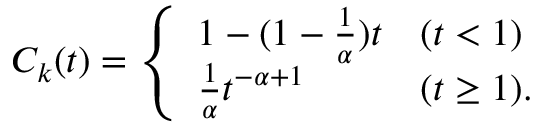
\begin{array} { r } { C _ { k } ( t ) = \left\{ \begin{array} { l l } { 1 - ( 1 - \frac { 1 } { \alpha } ) t } & { ( t < 1 ) } \\ { \frac { 1 } { \alpha } t ^ { - \alpha + 1 } \quad } & { ( t \geq 1 ) . } \end{array} \right. } \end{array}